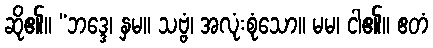
ဆို၏။ “ဘဒ္ဒေ၊ နှမ။ သဗ္ဗံ၊ အလုံးစုံသော။ မမ၊ ငါ၏။ ဧတံ